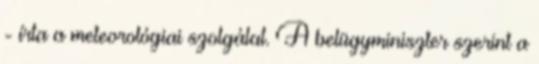
- írta a meteorológiai szolgálat. A belügyminiszter szerint a